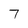
Character: 7